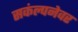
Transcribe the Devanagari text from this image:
सकंल्पनेवर